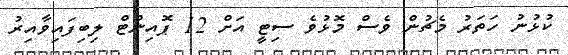
ކުޅުނު ހަތަރު މެޗުން ވެސް މޮޅުވެ ސިޓީ އަށް 12 ޕޮއިންޓް ލިބިފައިވާއިރު